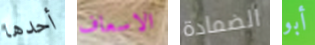
أحدها الاسعاف الضمادة أبو